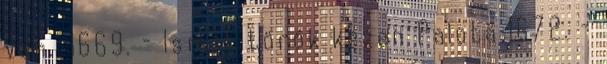
van." 1669. – Ismét török kézen Palota 1672. –